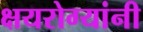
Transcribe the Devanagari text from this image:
क्षयरोग्यांनी